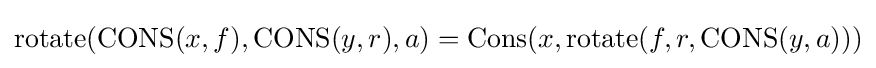
\operatorname {rotate} (\operatorname {CONS} (x,f),\operatorname {CONS} (y,r),a)=\operatorname {Cons} (x,\operatorname {rotate} (f,r,\operatorname {CONS} (y,a)))